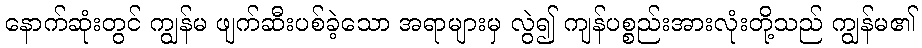
နောက်ဆုံးတွင် ကျွန်မ ဖျက်ဆီးပစ်ခဲ့သော အရာများမှ လွဲ၍ ကျန်ပစ္စည်းအားလုံးတို့သည် ကျွန်မ၏